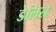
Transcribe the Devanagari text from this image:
डेलिस